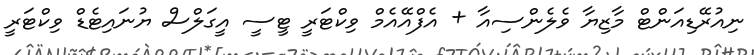
ނިއުރޭޑިއަންޓް މާޒިޔާ ވެލެންސިއާ + އެފްއޭއެމް ވިކްޓަރީ ޓީސީ އީގަލްސް ޔުނައިޓެޑް ވިކްޓަރީ